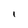
Character: I